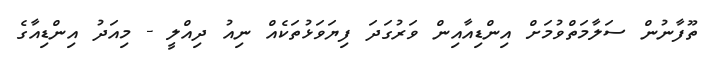
ތޫފާނުން ސަލާމަތްވުމަށް އިންޑިއާއިން ވަރުގަދަ ފިޔަވަޅުތަކެއް ނިއު ދިއްލީ - މިއަދު އިންޑިއާގެ